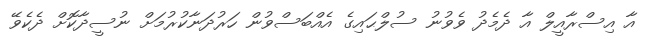
އާ އިސްރާއީލް އާ ދެމެދު ވެވުނު ސުލްޙައިގެ އެއްބަސްވުން ހަރުދަނާކުރުމަށް ނުސީދާކޮށް ދެކެވޭ